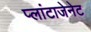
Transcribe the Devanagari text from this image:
प्लांटाजेनेट